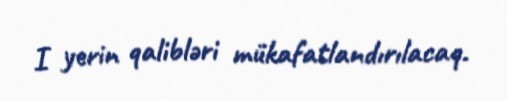
I yerin qalibləri mükafatlandırılacaq.